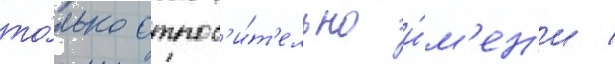
то́лько относ'и́т'ельно и́м'ен'и /